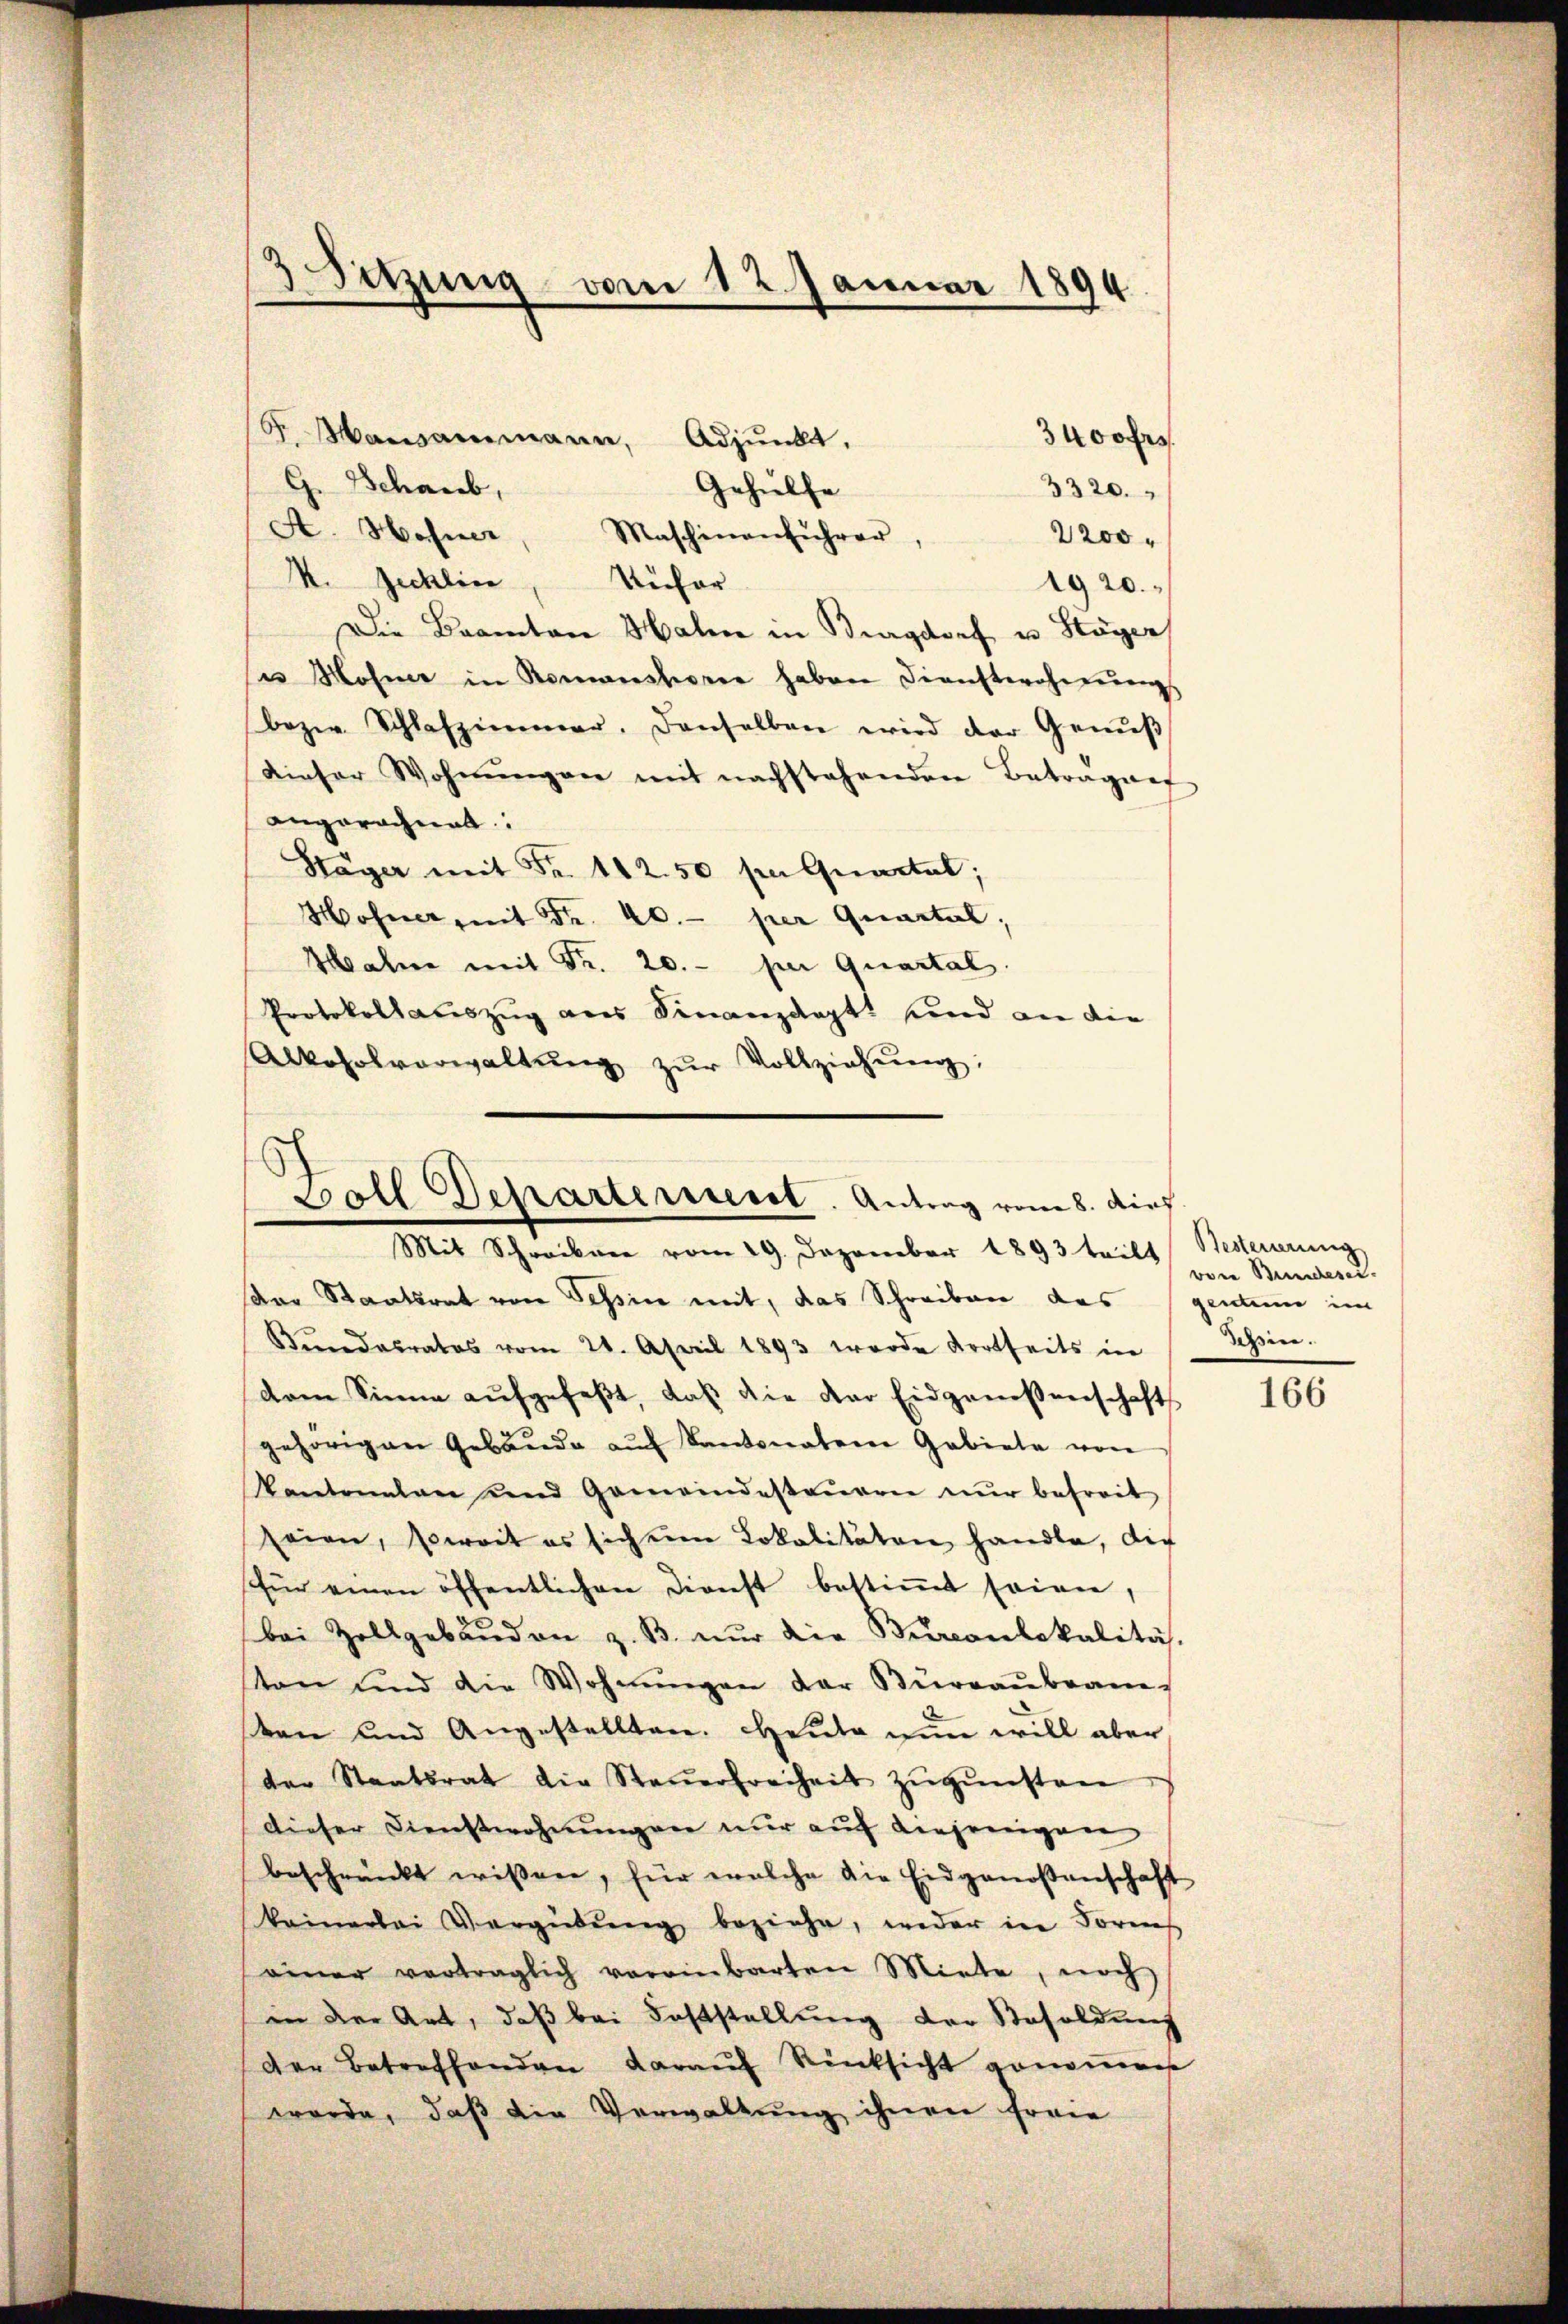
F. Maisammann,
Adjunkt.
G. Schneeb,
Gehülfe
A. Hohner
Maschinenführer,
2200
M. Zechlic
Rufer
1920.
Die Branton Hahn in Burgdorf u. Stöger
se ohne in Romanshorne haben Dienstercherungs
bezw. Schlafzimmer, denselben wird der Genŭβ
dieser Wohnŭngen mit nachstehenden Betragung
angerechnet:
Stäger mit Fr. 112.50 fr Quartal;
Hohner, mit Fr. 40.- per Quartal,
Hahn mit Fr. 20.- per Quartal.
Protokollauszug aus Finanzdept, und an die
Alkoholverwaltŭng zŭr Vollziehŭng;
Boll Departerrent. Antrag vom 8. durf

3Sitzung vom 12. Januar 1894

Mit Schreiben vom 29. Dezember 1893 teilt Besteuerung

sar Staatsrat von Tessin mit, das Schreiben des (gentum im
Bundesrates vom 21. April 1893 wurde dortseits in
dam Sinne aŭfgefaβt, daβ die der Eidgenossenschaft
gehörigen Gebäude aŭf Kantonaten Gebiete von
Kantonalen und Gemeindestaŭren nŭr befreit
seien, soweit es sich um Lokalitäten handle, die
für einen öffentlichen Dienst bestiṁt seien,
bei Zollgebäŭden z. B. nŭr die Bureaulokalität.
ton und die Wohnŭngen der Büreaŭbean
sten und Angestellten. Heute nun will aber
der Staatsrat die Steŭerfreiheit zŭgŭnsten
Dieser Dienstwohnungen nur auf diejenigen
beschränkt wissen, für welche die Eidgenoßenschaft
keinerlei Vergütŭng beziehe, weder in Form
einer verträglich vereinbarten Miete, noch
in der Art, daß bei Feststellung der Besoldung
der Betreffenden darauf Rücksicht genommen
werde, daß die Verwaltung ihnen Ferie

3400 frs.
3320.

vore Bundesei
din.

166